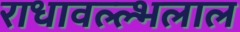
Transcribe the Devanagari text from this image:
राधावल्ल्भलाल